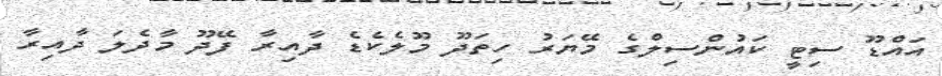
އައްޑޫ ސިޓީ ކައުންސިލްގެ މޭޔަރު ހިތަދޫ މޫލެކެޑެ ދާއިރާ ފޭދޫ މާދެލަ ދާއިރާ